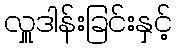
လှူဒါန်းခြင်းနှင့်